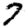
Digit: 7